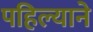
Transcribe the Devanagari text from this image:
पहिल्याने